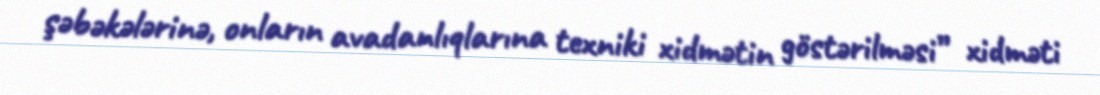
şəbəkələrinə, onların avadanlıqlarına texniki xidmətin göstərilməsi” xidməti